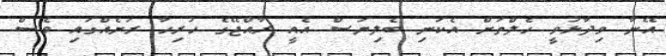
އޭނާ ވިދާޅުވީ ހެލްތަށް އެކަނި ބެލިޔަސް އެއީ ރާއްޖޭގެ ހުރިހާ ރަށެއްގައި ވެސް